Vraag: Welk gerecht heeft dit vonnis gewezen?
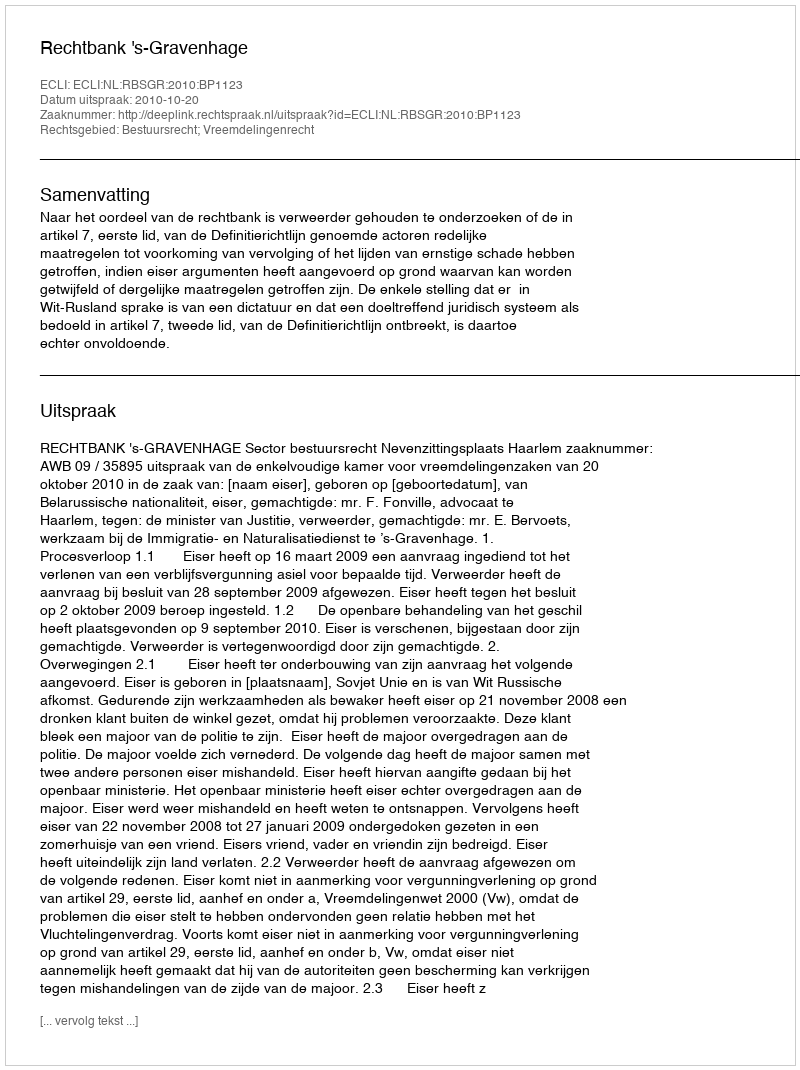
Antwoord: Rechtbank 's-Gravenhage